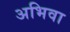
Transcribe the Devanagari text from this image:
अभिवा